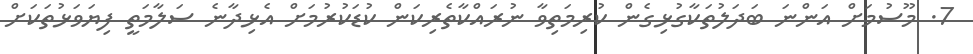
7. މޫސުމަށް އަންނަ ބަދަލުތަކާގުޅިގެން ކުރިމަތިވާ ނުރައްކާތެރިކަން ކުޑަކުރުމަށް އެޅިދާނެ ސަލާމަތީ ފިޔަވަޅުތަކަށް